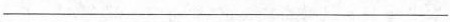
___